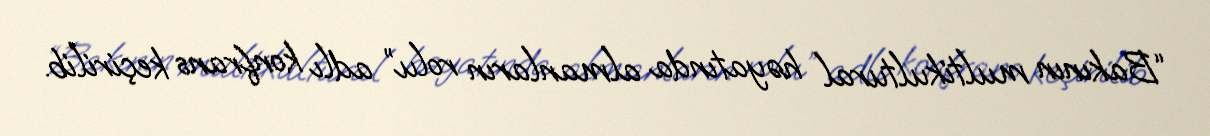
“Bakının multikultural həyatında almanların rolu” adlı konfrans keçirilib.